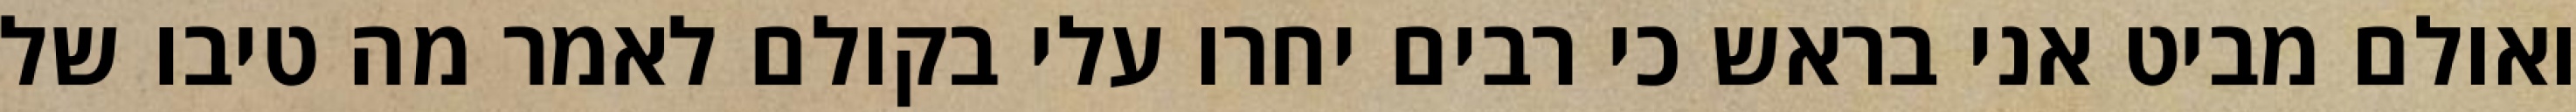
ואולם מביט אני בראש כי רבים יחרו עלי בקולם לאמר מה טיבו של